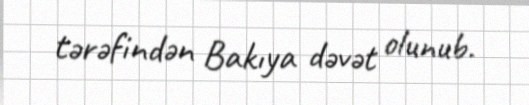
tərəfindən Bakıya dəvət olunub.